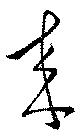
來